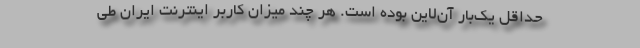
حداقل يك‌بار آن‌لاين بوده ‌است. هر چند ميزان كاربر اينترنت ايران طي